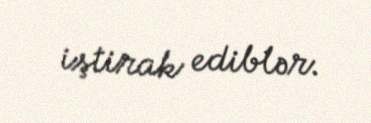
iştirak ediblər.